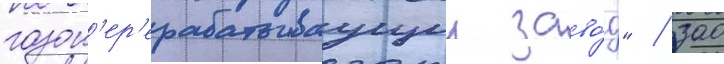
газоп'ер'ерабатываущии заво́д" / зао